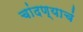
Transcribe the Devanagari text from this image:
चांदण्याचं